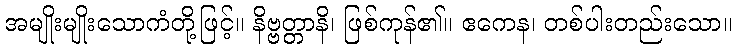
အမျိုးမျိုးသောကံတို့ဖြင့်။ နိဗ္ဗတ္တာနိ၊ ဖြစ်ကုန်၏။ ဧကေန၊ တစ်ပါးတည်းသော။